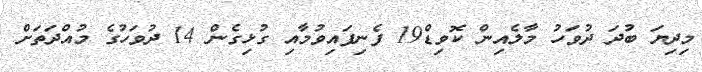
މިދިޔަ ބުދަ ދުވަހު މާލެއިން ކޮވިޑް19 ފެނިފައިވުމާއި ގުޅިގެން 14 ދުވަހުގެ މުއްދަތަށް